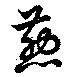
煎